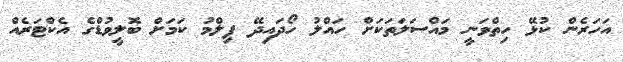
އަހަރެން ކުޅޭ ހިތްވަނީ މައްސަލަތަކަށް ހައްލު ހޯދައިދޭ ފިލްމު ކަމަށް ބޮލީވުޑްގެ އެކްޓަރެއް